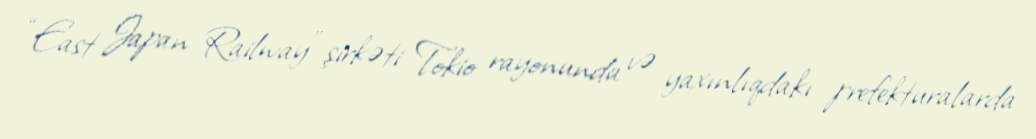
“East Japan Railway” şirkəti Tokio rayonunda və yaxınlıqdakı prefekturalarda